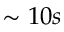
\sim 1 0 s